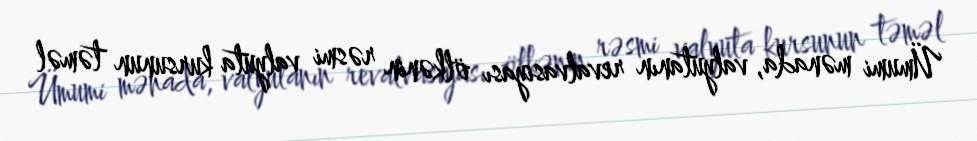
Ümumi mənada, valyutanın revalvasiyası ölkənin rəsmi valyuta kursunun təməl